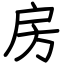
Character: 房